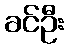
ခင်ဦး